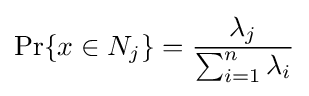
\Pr\{x\in N_{j}\}={\frac {\lambda _{j}}{\sum _{i=1}^{n}\lambda _{i}}}